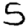
Digit: 5